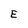
Character: E